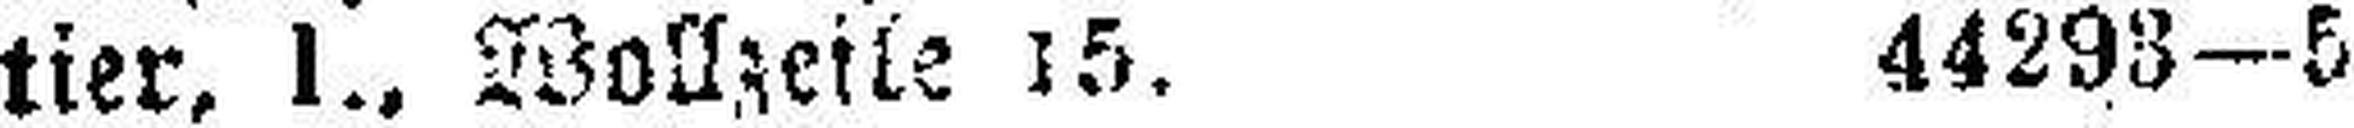
tier, I., Wollzeile 15. 44293—5